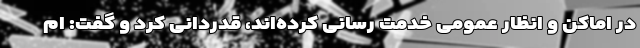
در اماکن و انظار عمومی خدمت رسانی کرده‌اند، قدردانی کرد و گفت: ام